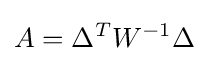
A=\Delta ^{T}W^{-1}\Delta